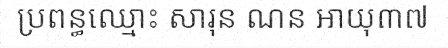
ប្រពន្ធឈ្មោះ សារុន ណន អាយុ៣៧